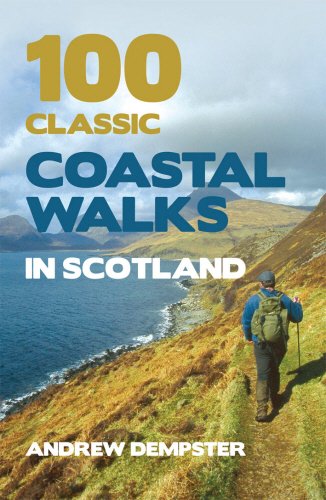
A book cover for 100 Classic Coastal Walks in Scotland; Andrew Dempster; Travel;